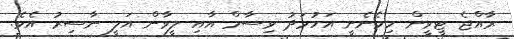
ރާއްޖެ ޓީވީން ހިމެނެނީ އަހުމަދު ވިސާމް އާއި ލީވާން އަލީ ނާސިރު އެވެ.